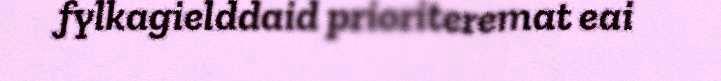
fylkagielddaid prioriteremat eai